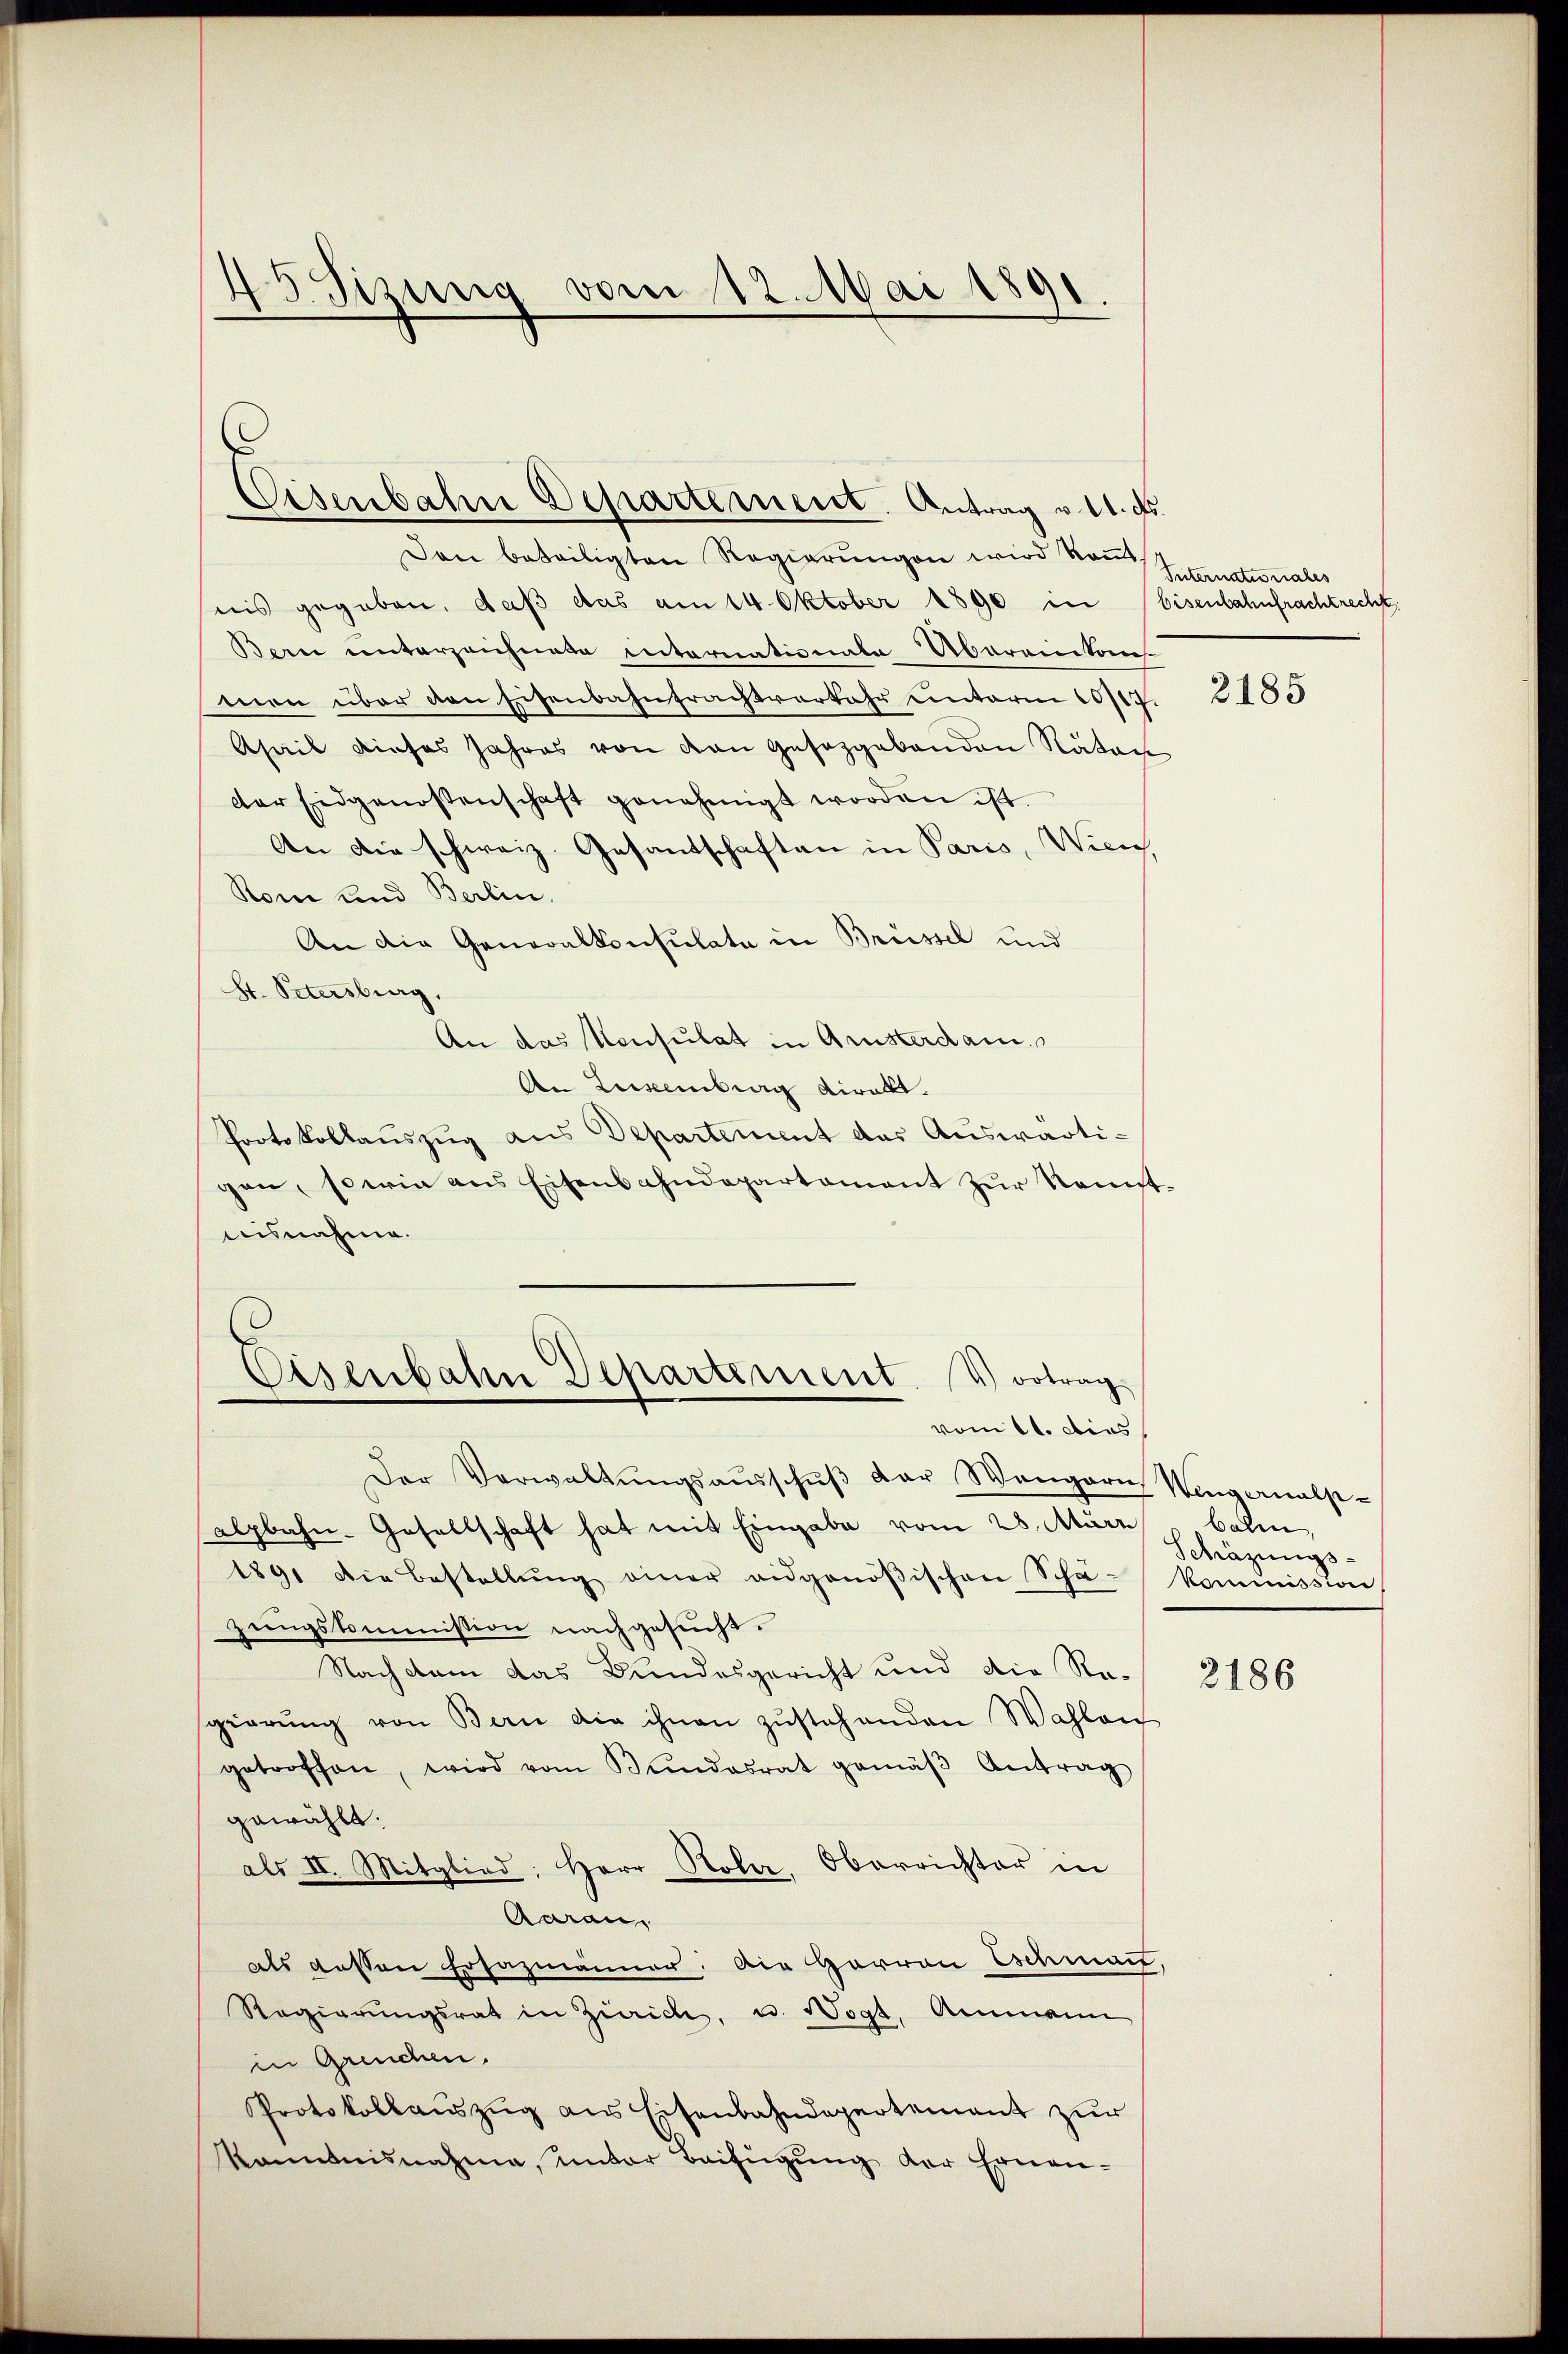
45 Sizung vom 12. Mai 1891.

Eisenbahn Departement. Antrag v. 11. ds.
Den beteiligten Regierŭngen wird koṁt.
nis gegeben, daß das am 14. Oktober 1890 in
Bern unterzeichnete internationale Abereinkons
mnen über den Eisenbahntrachtverfahr unterm 10/17
Asail dieses Jahres von den Gesezgabanden Räten
der Eidgenossenschaft genehmigt worden ist.
An die schweiz. Gesandschaften in Paris, Wien,
Roni und Berlin.
An die Generalkonsulate in Brüssel und
St. Petersburg.
An das Konsulat in Arnsterdam
An Luxenberg diralt.
Protokollauszug aus Departement das Auswärtigen, sowie aus Eisenbahndepartament zur Kenntnisnahme.
Eisenbahn Departement. Vortrag
vom 11. dies
Der Verwaltŭngsaŭsschŭβ der Wangern Wangernalse-
alpbahn-Gesellschaft hat mit Eingabe vom 28. März
1891 die Bestellŭng einer eidgenößischen Scha-Kommission
zungskommission nachgesucht.
Nach dem das Bundesgericht und die Regierŭng von Bern die ihnen zŭstehenden Wahlen
getroffen, wird vom Bŭndesrat gemäβ Antrag
gewählt.
als II. Mitglied: Herr Koler, Oberrichter in
Aarau
als dessen Ersazmänner: Die Harron Eschmant.
Regierŭngsrat in Zürich, u. Wogt, Ammann
in Greuchen.
Protokollauszug aus Eisenbahndepartement zur
kanntnisnahme, unter Beifügung der Ernen¬

Suternationales
Eisenbahnfrachtrecht.

2185

balen,
Schäzungs-

2186